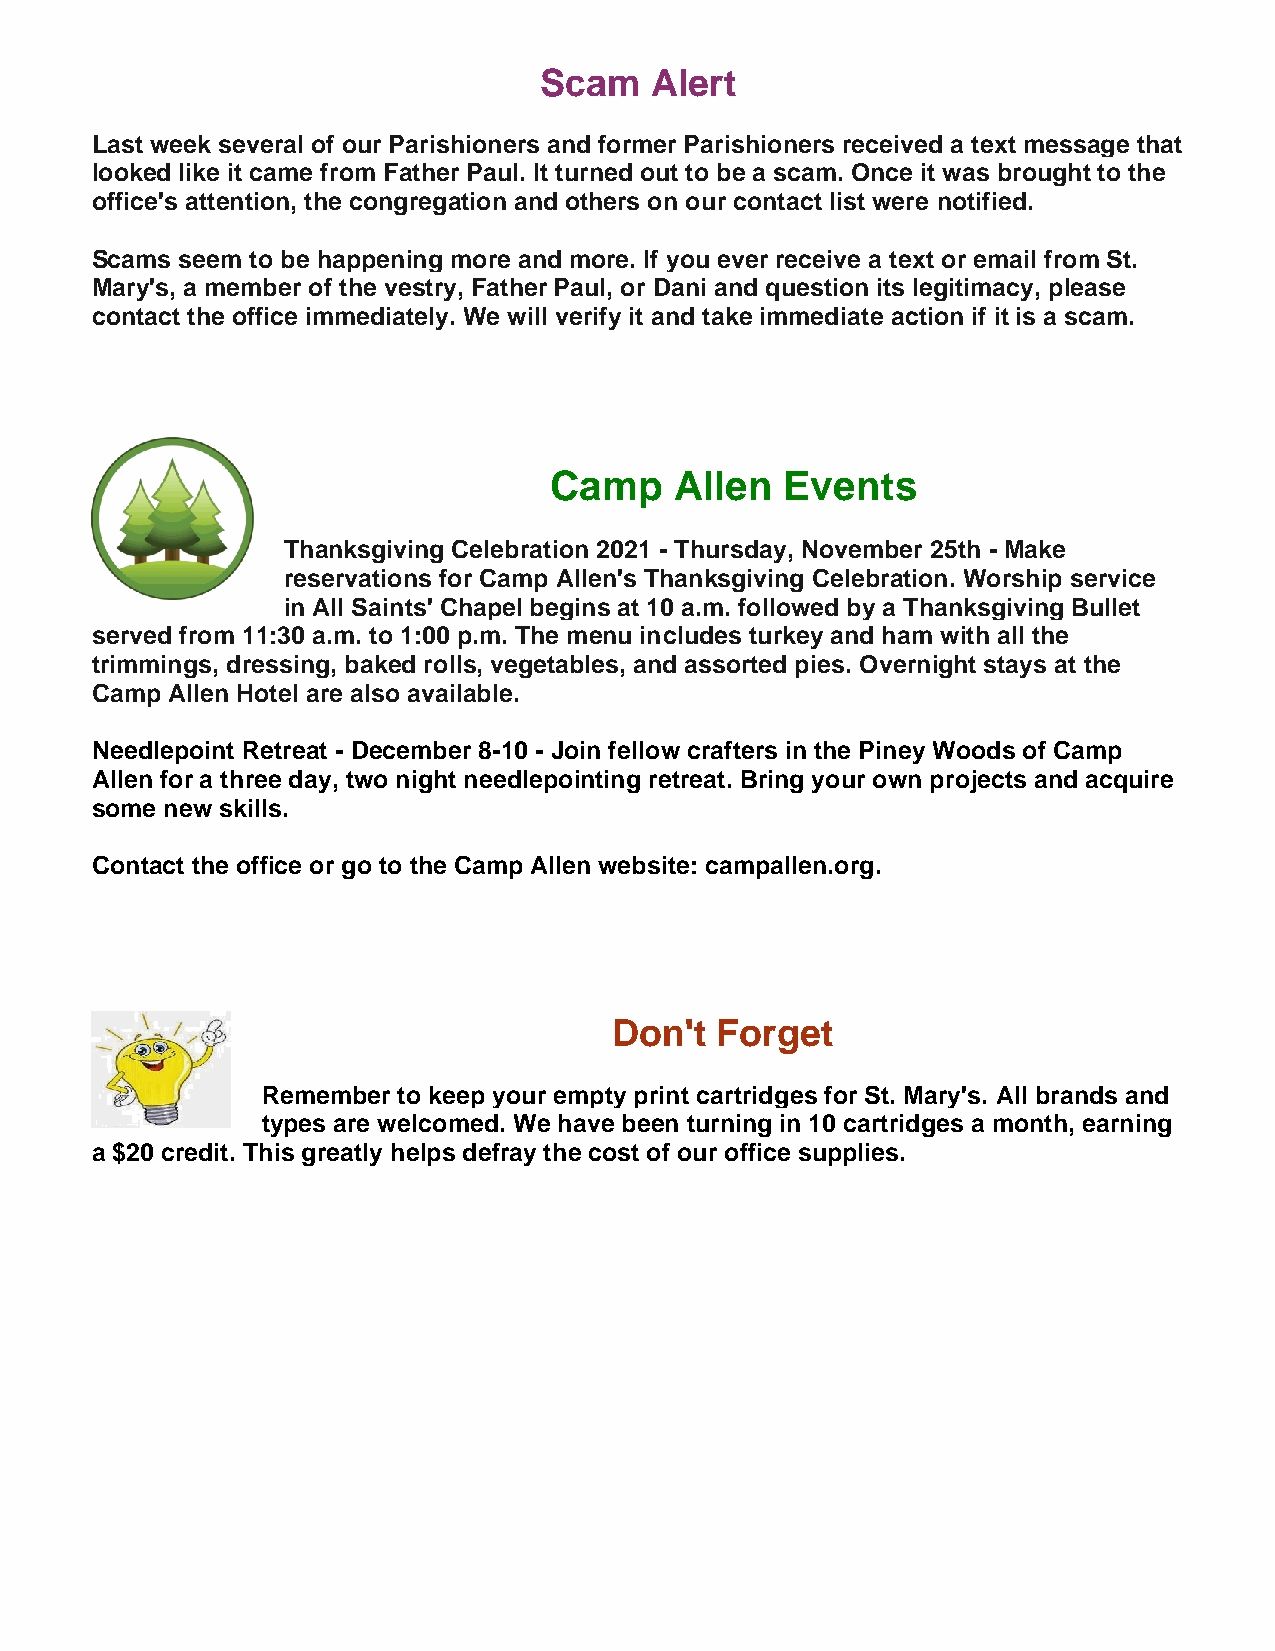
Scam   Alert
 Last week several of our Parishioners and former Parishioners received a text message that
 looked like it came from Father Paul. It turned out to be a scam. Once it was brought to the
 office's attention, the congregation and others on our contact list were notified.
 Scams seem to be happening more and more. If you ever receive a text or email from St.
 Mary's, a member of the vestry, Father Paul, or Dani and question its legitimacy, please
 contact the office immediately. We will verify it and take immediate action if it is a scam.
 Camp     Allen  Events
 Thanksgiving Celebration 2021 - Thursday, November 25th - Make
 reservations for Camp Allen's Thanksgiving Celebration. Worship service
 in All Saints' Chapel begins at 10 a.m. followed by a Thanksgiving Bullet
 served from 11:30 a.m. to 1:00 p.m. The menu includes turkey and ham with all the
 trimmings, dressing, baked rolls, vegetables, and assorted pies. Overnight stays at the
 Camp Allen Hotel are also available.
 Needlepoint Retreat - December 8-10 - Join fellow crafters in the Piney Woods of Camp
 Allen for a three day, two night needlepointing retreat. Bring your own projects and acquire
 some new skills.
 Contact the office or go to the Camp Allen website: campallen.org.
 Don't Forget
 Remember to keep your empty print cartridges for St. Mary's. All brands and
 types are welcomed. We have been turning in 10 cartridges a month, earning
 a $20 credit. This greatly helps defray the cost of our office supplies.